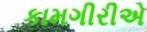
કામગીરીએ